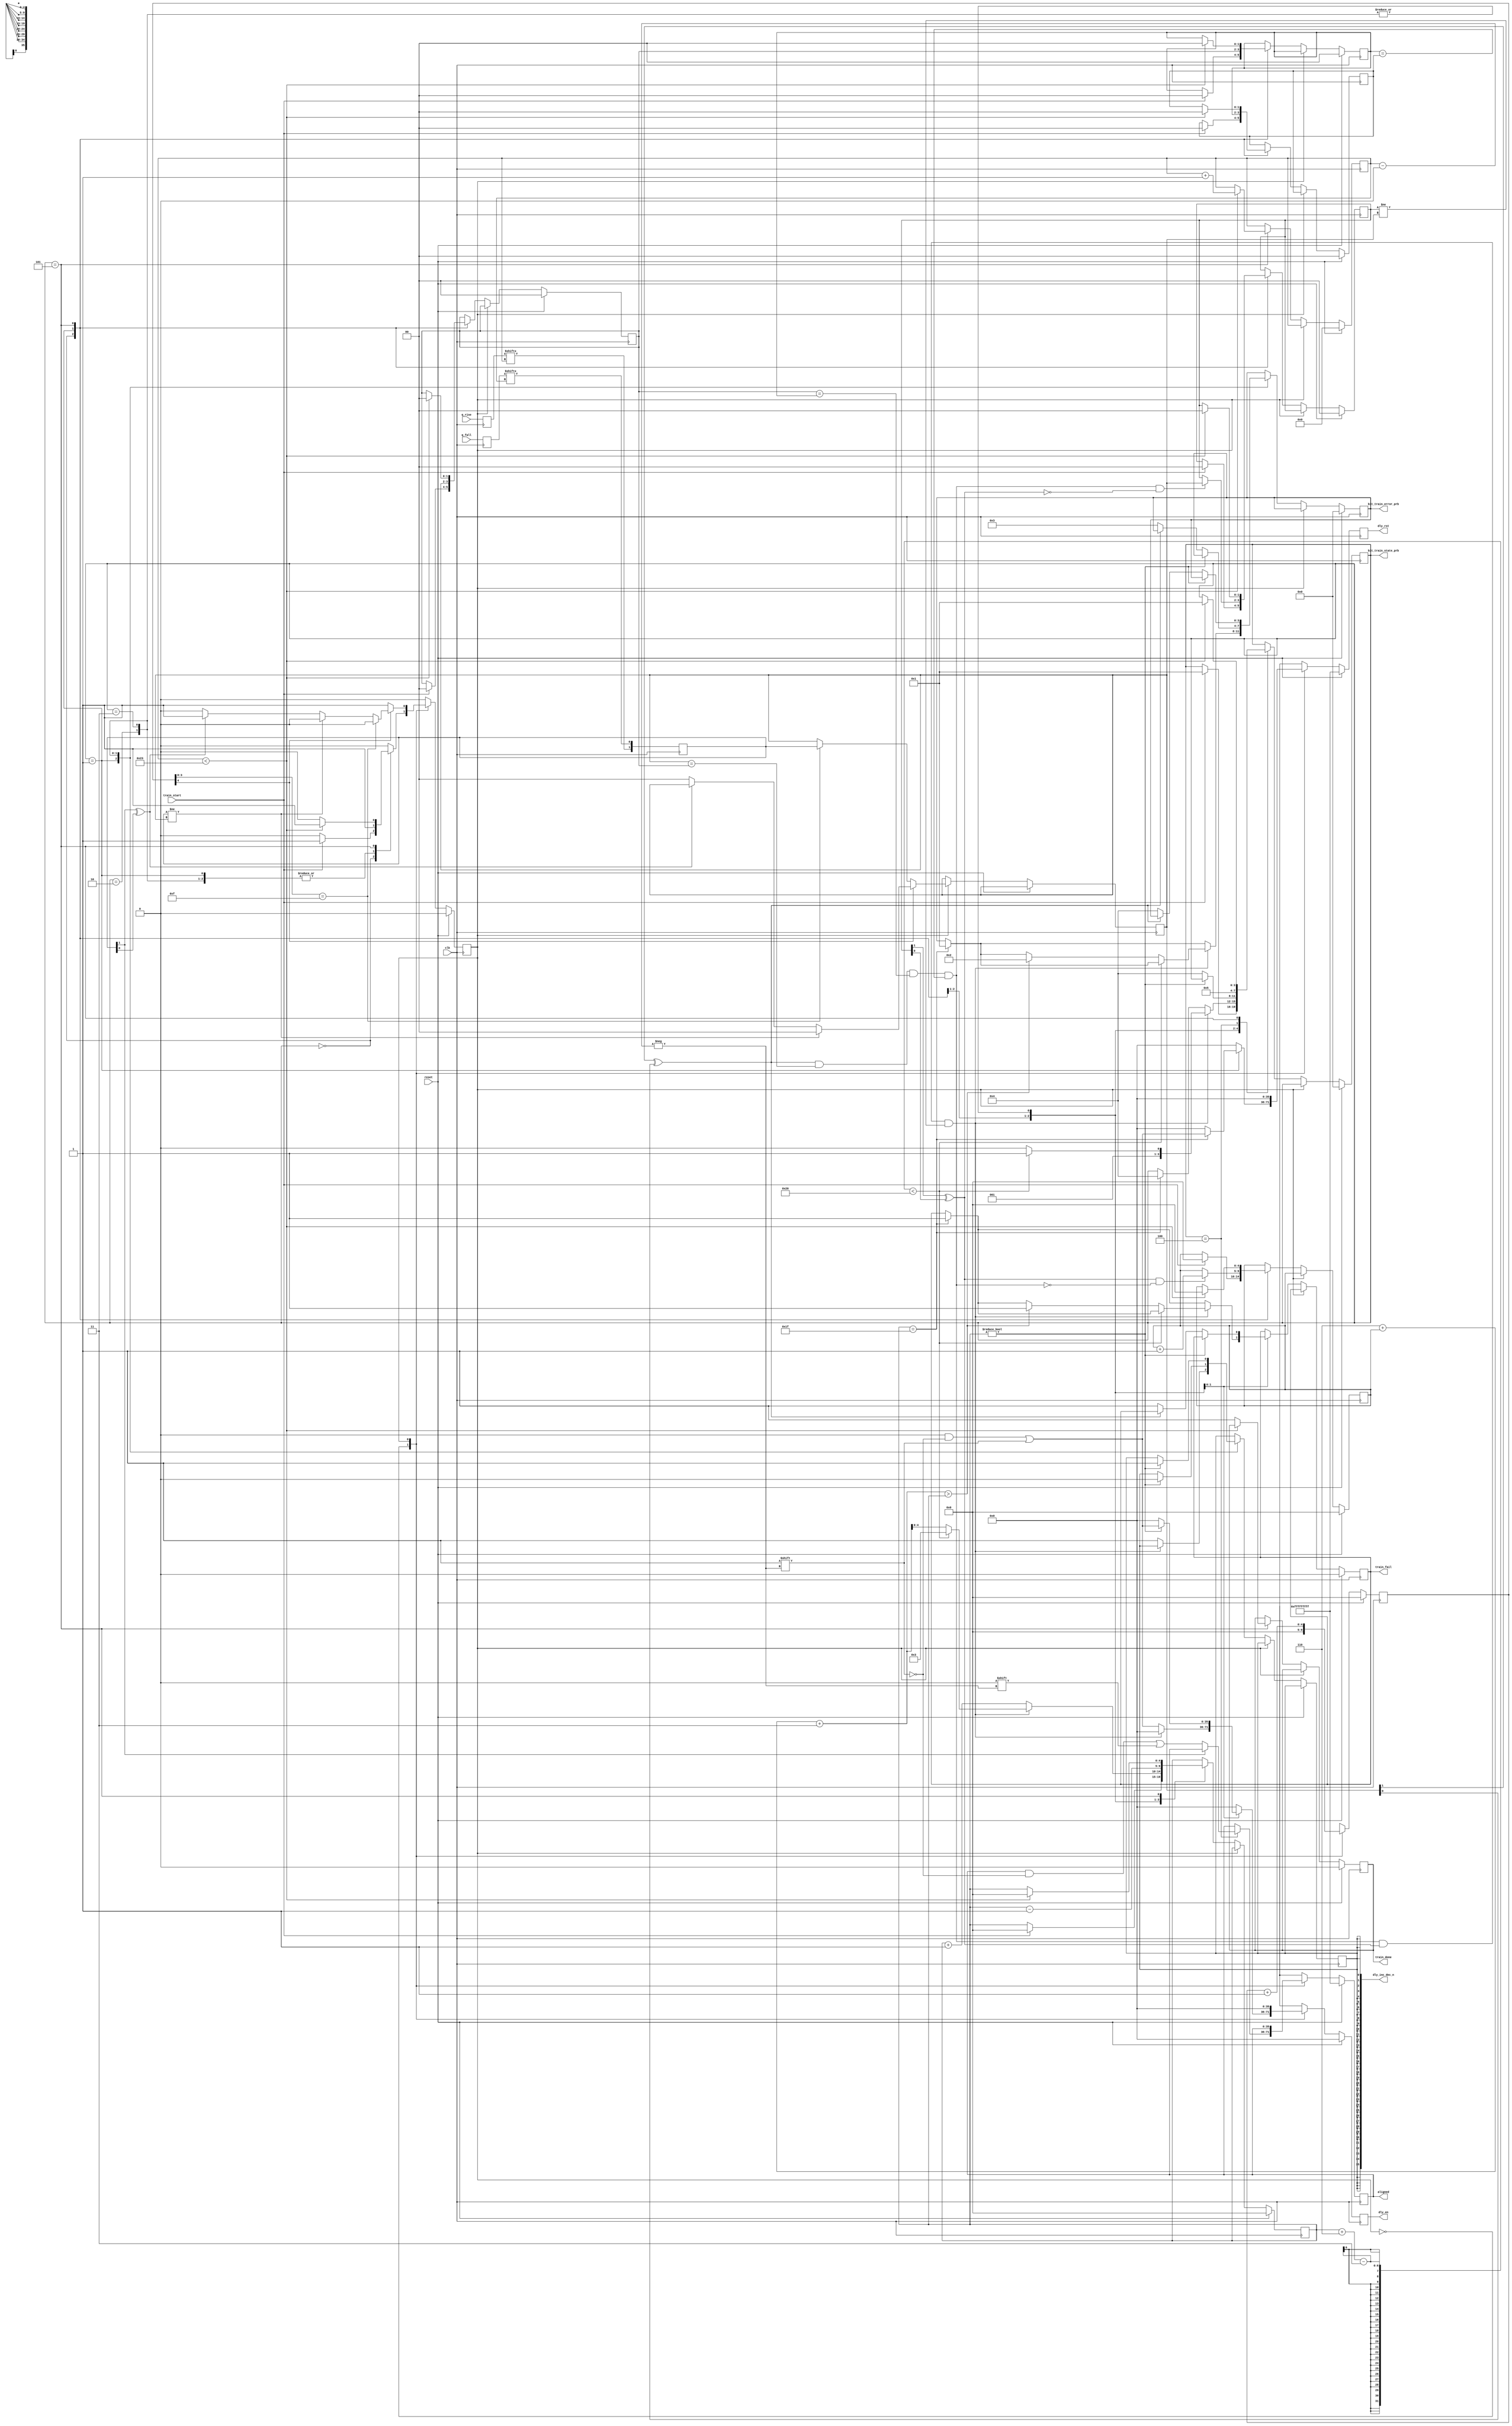
module qdrc_phy_bit_train #(
    parameter DATA_WIDTH = 36
  ) (
    input                     clk,
    input                     reset,
    input                     train_start,
    output                    train_done,
    output                    train_fail,
    /* input data */
    input  [DATA_WIDTH - 1:0] q_rise,
    input  [DATA_WIDTH - 1:0] q_fall,
    /* IODELAY controls */
    output [DATA_WIDTH - 1:0] dly_inc_dec_n,
    output [DATA_WIDTH - 1:0] dly_en,
    output [DATA_WIDTH - 1:0] dly_rst,
    /* Final Half word alignment status */
    output [DATA_WIDTH - 1:0] aligned,
    /* Debug probes */
    output [3:0] bit_train_state_prb,
    output [3:0] bit_train_error_prb
  );

  /* DLY_DELTA (in ps) is the delay increment when the IDELAY_CONF is configured with a 200 MHz clock */
  localparam DLY_DELTA  = 78;
  /* ILogic hold time in ps */
  //localparam HOLD_TIME  = 600;
  localparam HOLD_TIME  = 400;
  /* The width of a bit in ps */
  localparam BIT_STEPS  = HOLD_TIME/DLY_DELTA + 1;

  function valid;
    input [1:0] i;
    begin
      valid = i[1] ^ i[0];
    end
  endfunction
   
  /* primary state machine */

  reg [3:0] state;
  assign bit_train_state_prb = state;
   
  localparam STATE_IDLE    = 4'd0;
  localparam STATE_SEARCH  = 4'd1;
  localparam STATE_BACK    = 4'd2;
  localparam STATE_FORWARD = 4'd3;
  localparam STATE_ALIGN   = 4'd4;
  localparam STATE_DONE    = 4'd5;

  reg mode;
  localparam MODE_DEFAULT = 0;
  localparam MODE_ACQUIRE = 1;

  /* Registers referenced by the state machine */
  reg dly_inc_dec_n_reg;
  assign dly_inc_dec_n = {DATA_WIDTH{dly_inc_dec_n_reg}};

  reg [DATA_WIDTH - 1:0] dly_en_reg;
  assign dly_en = dly_en_reg;

  reg [DATA_WIDTH - 1:0] dly_rst_reg;
  assign dly_rst = dly_rst_reg;

  reg [DATA_WIDTH - 1:0] aligned_reg;
  assign aligned = aligned_reg;

  reg train_fail_reg;
  assign train_fail = train_fail_reg;

  /* Errors used for debugging */
  localparam ERROR_NONE        = 4'd0;
  localparam ERROR_NO_TRANS    = 4'd1;
  localparam ERROR_CANT_BACK   = 4'd2;
  localparam ERROR_INVAL_BACK  = 4'd3;
  localparam ERROR_INVAL_FORW  = 4'd4;

  reg [3:0] train_err_reg;
  assign bit_train_error_prb = train_err_reg;

  reg train_done_reg;
  assign train_done = train_done_reg;

  reg [1:0] curr_reg; /* Async register for capturing IDDR data */
  // synthesis attribute ASYNC_REG of curr_reg[0] is true 
  // synthesis attribute ASYNC_REG of curr_reg[1] is true 
  //
  reg [1:0] prev;  /* the 'ACQUIRED' value 1 cycle  previous */
  reg [1:0] curr;  /* the current  'ACQUIRED' value */
  reg [1:0] hist0;    
  reg [1:0] hist1;    
  reg [1:0] hist2;    
  localparam HISTORY_LENGTH = 3;

  wire history_stable = valid(curr) && curr == hist0 && hist0 == hist1 && hist1 == hist2;

  // ROACH2 has only 32 taps (Virtex6)
  //reg [5:0] acquire_progress;
  reg [4:0] acquire_progress;

  //reg [4:0] bit_index;
  reg [5:0] bit_index; // 4:0 max range is 0x1f (31), but QDR has 36 pins set to 5:0
  //reg [5:0] progress;
  reg [4:0] progress;
  //reg [5:0] baddies;
  reg [4:0] baddies;

  reg [DATA_WIDTH-1:0] q_rise_buf;
  reg [DATA_WIDTH-1:0] q_fall_buf;

  always @(posedge clk) begin
    /* Single cycle outputs */
    dly_en_reg   <= {DATA_WIDTH{1'b0}};
    dly_rst_reg  <= {DATA_WIDTH{1'b0}};

    /* async registered iddr data */
    q_rise_buf <= q_rise;
    q_fall_buf <= q_fall;
    curr_reg <= {q_rise_buf[bit_index], q_fall_buf[bit_index]};

    if (reset) begin
      state          <= STATE_IDLE;
      mode           <= MODE_DEFAULT;

      train_fail_reg <= 1'b0;
      train_done_reg <= 1'b0;
      train_err_reg  <= ERROR_NONE;

      aligned_reg <= {DATA_WIDTH{1'b1}};

      progress         <= 5'b0;//6'b0;
      acquire_progress <= 0;

      baddies     <= 5'b0;

      prev       <= 2'b0;
      hist0      <= 2'b0;
      hist1      <= 2'b0;
      hist2      <= 2'b0;
      bit_index  <= 6'b0;

      dly_rst_reg <= {DATA_WIDTH{1'b1}};
    end else begin
      case (mode)
        MODE_DEFAULT: begin
          /* always clear the aquire state */
          acquire_progress <= 0;

          case (state)
            STATE_IDLE:    begin
              if (train_start) begin
                state    <= STATE_SEARCH;
                mode     <= MODE_ACQUIRE;

                progress <= 5'b0;
                baddies  <= 5'b0;

                prev     <= 2'b0;
                hist0    <= 2'b0;
                hist1    <= 2'b0;
                hist2    <= 2'b0;
              end
            end
            STATE_SEARCH:  begin
              /* Search for a edge transition
                 _______BBBBBBB--X
              */
              mode  <= MODE_ACQUIRE;

              hist0 <= curr;
              hist1 <= hist0;
              hist2 <= hist1;

              /* We have delayed as much as we could and have not found
               * a bit transition */
              if (progress == 5'd31) begin
                  state           <= STATE_ALIGN;
                  train_fail_reg  <= 1'b1;
		  train_err_reg   <= ERROR_NO_TRANS;
                  dly_rst_reg[bit_index] <= 1'b1;
              end 

              /* the first time we have a stable value, store it in 'prev' */
              if (history_stable && !valid(prev)) begin
                prev <= curr;
              end

              /* if we have a stable value and there is a change in value */
              if (history_stable && valid(prev) && prev != curr) begin
                if (progress + BIT_STEPS - HISTORY_LENGTH < 32) begin
                /* if we have a stable value and there is a change in value */
                  state    <= STATE_FORWARD;
                  progress <= BIT_STEPS - HISTORY_LENGTH;
                end else begin
                  state    <= STATE_BACK;
                  progress <= BIT_STEPS + baddies + HISTORY_LENGTH;

                  if (BIT_STEPS + baddies + HISTORY_LENGTH > progress) begin
                    /* we cant go back further than we went */
                    train_fail_reg  <= 1'b1;
		    train_err_reg   <= ERROR_CANT_BACK;
                  end
                end
              end else begin
                progress              <= progress + 1;
                dly_inc_dec_n_reg     <= 1'b1;
                dly_en_reg[bit_index] <= 1'b1;
              end

              if (valid(prev) && !history_stable) begin
                baddies <= baddies + 1;
              end
            end
            STATE_BACK:    begin
              mode     <= MODE_ACQUIRE;
              progress <= progress - 1;

              if (progress) begin
                dly_inc_dec_n_reg     <= 1'b0;
                dly_en_reg[bit_index] <= 1'b1;
              end else begin
                state <= STATE_ALIGN;
                if (!valid(curr)) begin
                  train_fail_reg <= 1'b1;
		  train_err_reg  <= ERROR_INVAL_BACK;
                end
              end
            end
            STATE_FORWARD: begin
              mode          <= MODE_ACQUIRE;
              progress      <= progress - 1;

              if (progress) begin
                dly_inc_dec_n_reg     <= 1'b1;
                dly_en_reg[bit_index] <= 1'b1;
              end else begin
                state       <= STATE_ALIGN;
                if (!valid(curr)) begin
                  train_fail_reg <= 1'b1;
		  train_err_reg  <= ERROR_INVAL_FORW;
                end
              end
            end
            STATE_ALIGN:    begin
              state    <= STATE_DONE;
              if (!curr_reg[1])
                aligned_reg [bit_index] <= 1'b0;
            end
            STATE_DONE:    begin
              if (bit_index < DATA_WIDTH - 1) begin
                state      <= STATE_SEARCH;
                mode       <= MODE_ACQUIRE;

                progress   <= 5'b0;
                baddies    <= 5'b0;
                prev       <= 2'b0;
                hist0      <= 2'b0;
                hist1      <= 2'b0;
                hist2      <= 2'b0;
                bit_index  <= bit_index + 1'b1;
              end else begin
                train_done_reg <= 1'b1;
              end
            end
          endcase
        end
        MODE_ACQUIRE: begin
          acquire_progress <= acquire_progress + 1;
          if (!acquire_progress[4]) begin
            /* Latch the first value after waiting 16 cycles */
            if (acquire_progress[3:0] == 4'b1111) begin
              curr <= curr_reg;
            end
          end else begin
            if (!valid(curr_reg)) begin
              /* if the data is invalid mark the data and exit */
              mode <= MODE_DEFAULT;
              curr <= 2'b00; //invalid
            end

            if (curr_reg != curr) begin
              /* if the data value has changed mark the data and exit */
              mode <= MODE_DEFAULT;
              curr <= 2'b00; //invalid
            end

            if (acquire_progress[3:0] == 4'b1111) begin
              mode <= MODE_DEFAULT;
            end
          end
        end
      endcase
    end
  end

endmodule